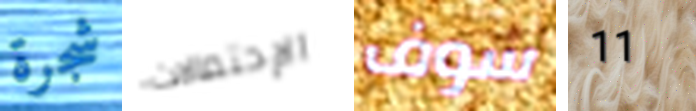
شجرة الإحتمالات سوف 11